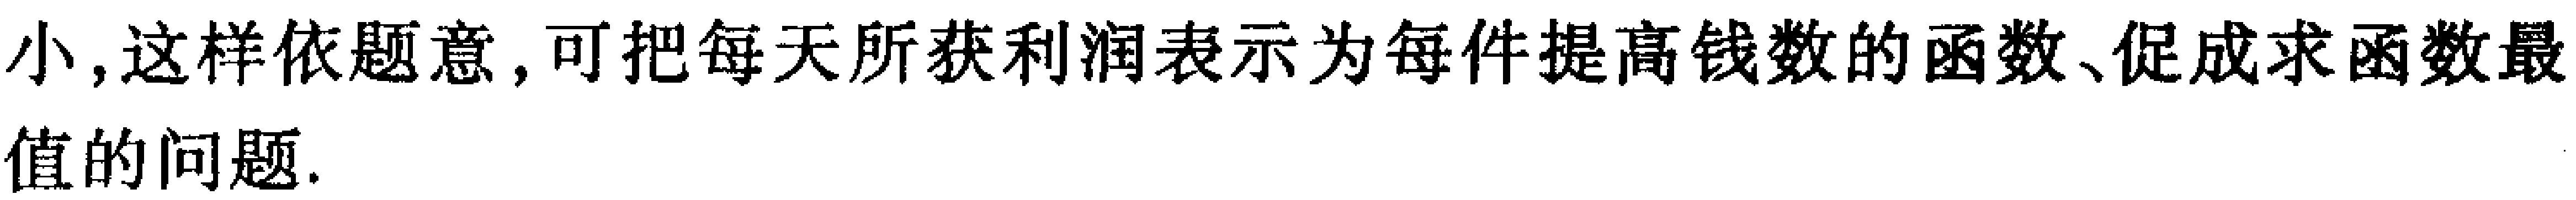
小, 这样依题意, 可把每天所获利润表示为每件提高钱数的函数、促成求函数最

值的问题.